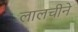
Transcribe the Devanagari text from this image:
लालचीने